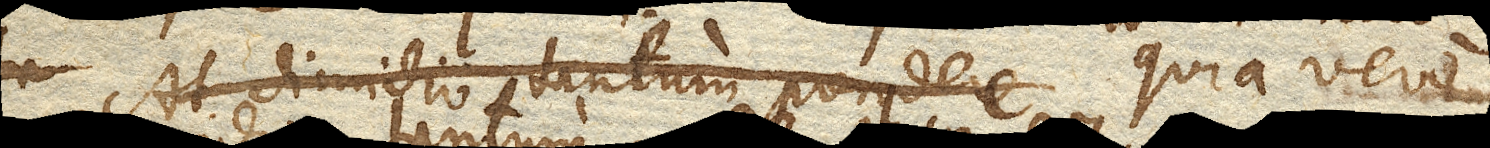
At dimidio tantum pondere Quia vero